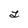
Character: L